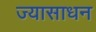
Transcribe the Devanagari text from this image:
ज्यासाधन